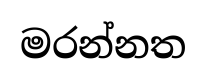
මරන්නත